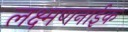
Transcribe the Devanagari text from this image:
लक्ष्मणनाईक